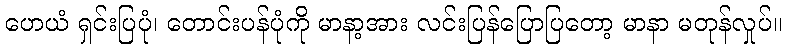
ဟေယံ ရှင်းပြပုံ၊ တောင်းပန်ပုံကို မာနာ့အား လင်းပြန်ပြောပြတော့ မာနာ မတုန်လှုပ်။